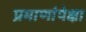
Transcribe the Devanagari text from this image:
प्रमाणांपेक्षा